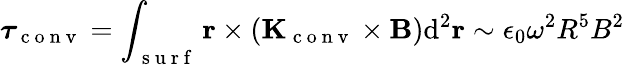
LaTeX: \boldsymbol{\tau}_{\mathrm{~c~o~n~v~}}=\int_{\mathrm{~s~u~r~f~}}\mathbf{r}\times(\mathbf{K}_{\mathrm{~c~o~n~v~}}\times\mathbf{B})\mathrm{d}^{2}\mathbf{r}\sim\epsilon_{0}\omega^{2}R^{5}B^{2}